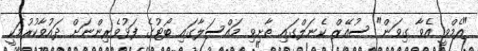
"އެމްވީ އެވާ ގިވަން" ސުއޭޒް ކެނަލްގައި ތާށިވި މައްސަލާގައި ބޯޓުގެ ފަޅުވެރިންނަށް ދައުވާކުރުމަކީ